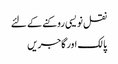
نقل نویسی روکنے کے لئے
پالک اور گاجریں